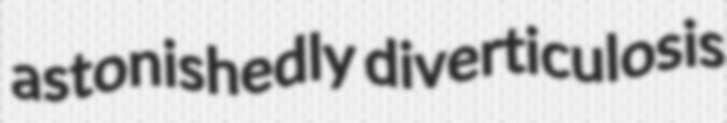
astonishedly diverticulosis